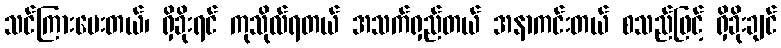
သင်ကြားပေးတယ်၊ ရှိခိုးရင် ကုသိုလ်ရတယ် အသက်ရှည်တယ် အနာကင်းတယ် စသည်ဖြင့် ရှိခိုးချင်